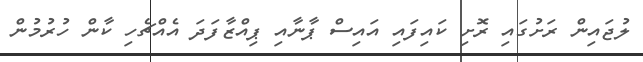
ލުޖައިން ރަށުގައި ރޮށި ކައިފައި އައިސް ޕާނާއި ޕިއްޒާފަދަ އެއްޗެހި ކާން ހުރުމުން